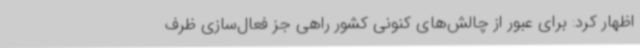
اظهار کرد: برای عبور از چالش‌های کنونی کشور راهی جز فعال‌سازی ظرف